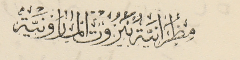
مِطرَانيَّةُ بَيرُوت المارونيَّة